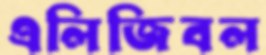
এলিজিবল